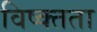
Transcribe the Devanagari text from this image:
विष्क्तता